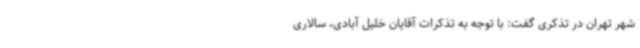
شهر تهران در تذکری گفت: با توجه به تذکرات آقایان خلیل آبادی، سالاری